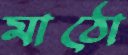
মাঠো